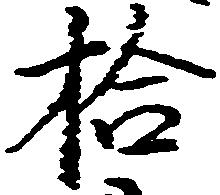
拾